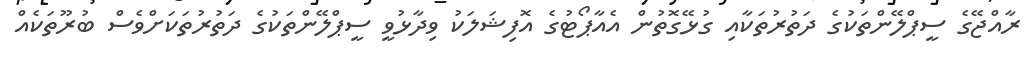
ރާއްޖޭގެ ސީޕްލޭންތަކުގެ ދަތުރުތަކާއި ގުޅޭގޮތުން އެއާޕޯޓުގެ އޮފިޝަލަކު ވިދާޅުވީ ސީޕްލޭންތަކުގެ ދަތުރުތަކަށްވެސް ބުރޫތަކެއް